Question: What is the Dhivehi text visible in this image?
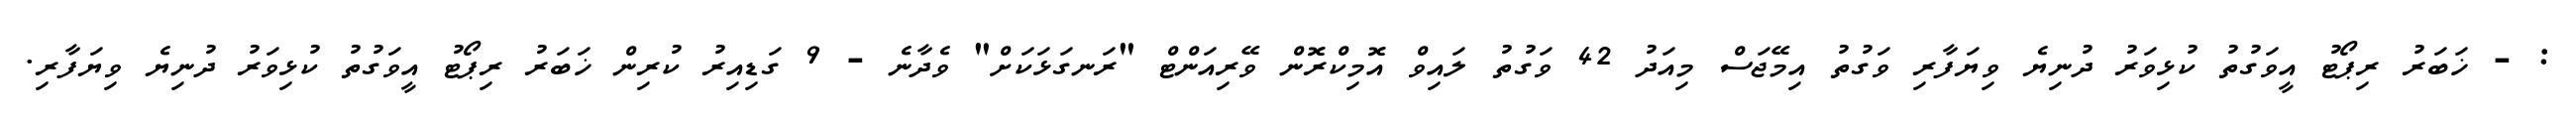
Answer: : - ޚަބަރު ރިޕޯޓު އީވަގުތު ކުޅިވަރު ދުނިޔެ ވިޔަފާރި ވަގުތު އިމޭޖަސް މިއަދު 42 ވަގުތު ލައިވް އޮމިކްރޮން ވޭރިއަންޓް "ރަނގަޅަކަށް" ވެދާނެ - 9 ގަޑިއިރު ކުރިން ޚަބަރު ރިޕޯޓު އީވަގުތު ކުޅިވަރު ދުނިޔެ ވިޔަފާރި.